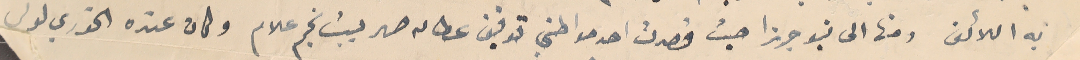
به اللائق ومنها الى نيو جرزا حيث قصدت احد مواطني توفيق عطالله صهر بيت نجم علام وكان عنده الخورى لويس